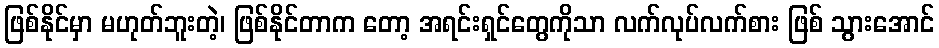
ဖြစ်နိုင်မှာ မဟုတ်ဘူးတဲ့၊ ဖြစ်နိုင်တာက တော့ အရင်းရှင်တွေကိုသာ လက်လုပ်လက်စား ဖြစ် သွားအောင်